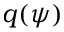
q ( \psi )